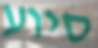
סיוע